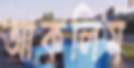
আকলিম